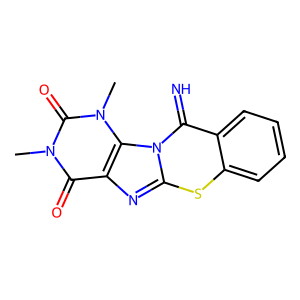
SMILES: Cn1c(=O)c2nc3sc4ccccc4c(=N)n3c2n(C)c1=O
Inhibits HIV replication: No